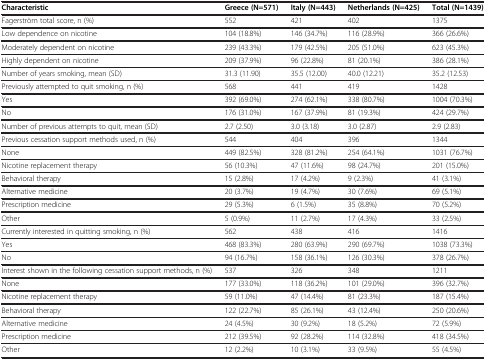
<table><thead><tr><td><b>Characteristic</b></td><td><b>Greece (N=571)</b></td><td><b>Italy (N=443)</b></td><td><b>Netherlands (N=425)</b></td><td><b>Total (N=1439)</b></td></tr></thead><tbody><tr><td>Fagerström total score, n (%)</td><td>552</td><td>421</td><td>402</td><td>1375</td></tr><tr><td>Low dependence on nicotine</td><td>104 (18.8%)</td><td>146 (34.7%)</td><td>116 (28.9%)</td><td>366 (26.6%)</td></tr><tr><td>Moderately dependent on nicotine</td><td>239 (43.3%)</td><td>179 (42.5%)</td><td>205 (51.0%)</td><td>623 (45.3%)</td></tr><tr><td>Highly dependent on nicotine</td><td>209 (37.9%)</td><td>96 (22.8%)</td><td>81 (20.1%)</td><td>386 (28.1%)</td></tr><tr><td>Number of years smoking, mean (SD)</td><td>31.3 (11.90)</td><td>35.5 (12.00)</td><td>40.0 (12.21)</td><td>35.2 (12.53)</td></tr><tr><td>Previously attempted to quit smoking, n (%)</td><td>568</td><td>441</td><td>419</td><td>1428</td></tr><tr><td>Yes</td><td>392 (69.0%)</td><td>274 (62.1%)</td><td>338 (80.7%)</td><td>1004 (70.3%)</td></tr><tr><td>No</td><td>176 (31.0%)</td><td>167 (37.9%)</td><td>81 (19.3%)</td><td>424 (29.7%)</td></tr><tr><td>Number of previous attempts to quit, mean (SD)</td><td>2.7 (2.50)</td><td>3.0 (3.18)</td><td>3.0 (2.87)</td><td>2.9 (2.83)</td></tr><tr><td>Previous cessation support methods used, n (%)</td><td>544</td><td>404</td><td>396</td><td>1344</td></tr><tr><td>None</td><td>449 (82.5%)</td><td>328 (81.2%)</td><td>254 (64.1%)</td><td>1031 (76.7%)</td></tr><tr><td>Nicotine replacement therapy</td><td>56 (10.3%)</td><td>47 (11.6%)</td><td>98 (24.7%)</td><td>201 (15.0%)</td></tr><tr><td>Behavioral therapy</td><td>15 (2.8%)</td><td>17 (4.2%)</td><td>9 (2.3%)</td><td>41 (3.1%)</td></tr><tr><td>Alternative medicine</td><td>20 (3.7%)</td><td>19 (4.7%)</td><td>30 (7.6%)</td><td>69 (5.1%)</td></tr><tr><td>Prescription medicine</td><td>29 (5.3%)</td><td>6 (1.5%)</td><td>35 (8.8%)</td><td>70 (5.2%)</td></tr><tr><td>Other</td><td>5 (0.9%)</td><td>11 (2.7%)</td><td>17 (4.3%)</td><td>33 (2.5%)</td></tr><tr><td>Currently interested in quitting smoking, n (%)</td><td>562</td><td>438</td><td>416</td><td>1416</td></tr><tr><td>Yes</td><td>468 (83.3%)</td><td>280 (63.9%)</td><td>290 (69.7%)</td><td>1038 (73.3%)</td></tr><tr><td>No</td><td>94 (16.7%)</td><td>158 (36.1%)</td><td>126 (30.3%)</td><td>378 (26.7%)</td></tr><tr><td>Interest shown in the following cessation support methods, n (%)</td><td>537</td><td>326</td><td>348</td><td>1211</td></tr><tr><td>None</td><td>177 (33.0%)</td><td>118 (36.2%)</td><td>101 (29.0%)</td><td>396 (32.7%)</td></tr><tr><td>Nicotine replacement therapy</td><td>59 (11.0%)</td><td>47 (14.4%)</td><td>81 (23.3%)</td><td>187 (15.4%)</td></tr><tr><td>Behavioral therapy</td><td>122 (22.7%)</td><td>85 (26.1%)</td><td>43 (12.4%)</td><td>250 (20.6%)</td></tr><tr><td>Alternative medicine</td><td>24 (4.5%)</td><td>30 (9.2%)</td><td>18 (5.2%)</td><td>72 (5.9%)</td></tr><tr><td>Prescription medicine</td><td>212 (39.5%)</td><td>92 (28.2%)</td><td>114 (32.8%)</td><td>418 (34.5%)</td></tr><tr><td>Other</td><td>12 (2.2%)</td><td>10 (3.1%)</td><td>33 (9.5%)</td><td>55 (4.5%)</td></tr></tbody></table>